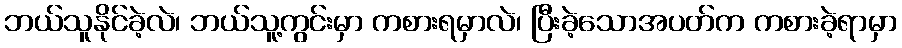
ဘယ်သူနိုင်ခဲ့လဲ၊ ဘယ်သူ့ကွင်းမှာ ကစားရမှာလဲ၊ ပြီးခဲ့သောအပတ်က ကစားခဲ့ရာမှာ